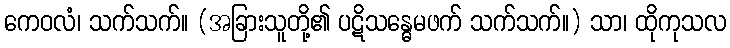
ကေဝလံ၊ သက်သက်။ (အခြားသူတို့၏ ပဋိသန္ဓေမဖက် သက်သက်။) သာ၊ ထိုကုသလ